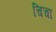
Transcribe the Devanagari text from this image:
चिचा